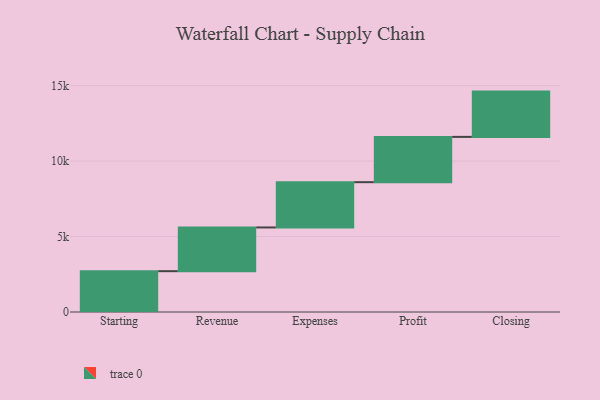
{"axis": {"x": "Step", "y": "Value"}, "legend": [""], "data": [{"x": "Starting", "y": 2705.0, "type": ""}, {"x": "Revenue", "y": 2896.0, "type": ""}, {"x": "Expenses", "y": 3000, "type": ""}, {"x": "Profit", "y": 3000, "type": ""}, {"x": "Closing", "y": 3000, "type": ""}]}